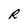
Character: R